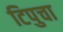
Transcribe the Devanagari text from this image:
टिपुचा